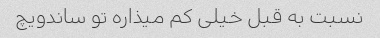
نسبت به قبل خیلی کم میذاره تو ساندویچ